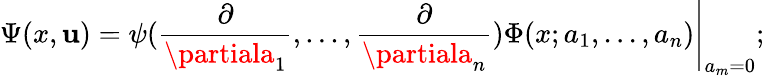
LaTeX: \Psi(x,\mathbf{u})=\left.\psi(\frac{{\partial}}{{\partiala_{1}}},...,\frac{{\partial}}{{\partiala_{n}}})\Phi(x;a_{1},...,a_{n})\right|_{a_{m}=0};